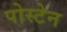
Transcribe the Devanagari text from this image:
पोस्टेन